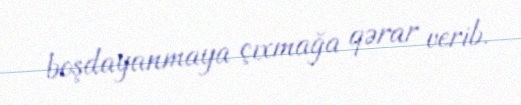
boşdayanmaya çıxmağa qərar verib.